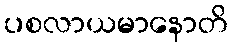
ပစလာယမာနောတိ